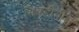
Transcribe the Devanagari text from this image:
भिवंडीतील